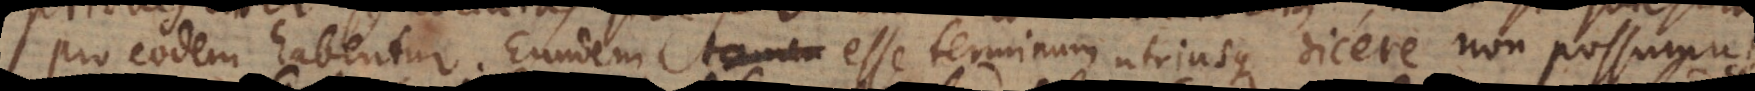
pro eodem habentur. Eundem esse terminum utriusque dicere non possumus,